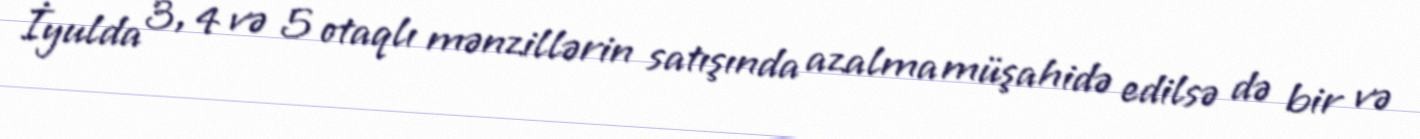
İyulda 3, 4 və 5 otaqlı mənzillərin satışında azalma müşahidə edilsə də bir və